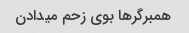
همبرگرها بوی زحم میدادن